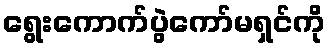
ရွေးကောက်ပွဲကော်မရှင်ကို